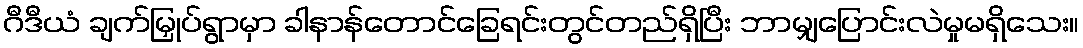
ဂီဒီယံ ချက်မြှုပ်ရွာမှာ ခါနာန်တောင်ခြေရင်းတွင်တည်ရှိပြီး ဘာမျှပြောင်းလဲမှုမရှိသေး။